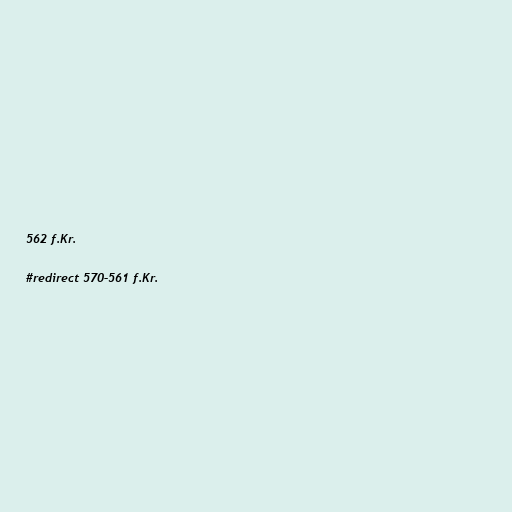
562 f.Kr.

#redirect 570–561 f.Kr.